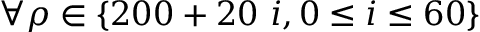
\forall \rho \in \{ 2 0 0 + 2 0 \ i , 0 \le i \le 6 0 \}